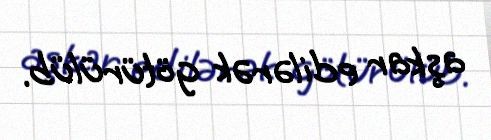
aşkar edilərək götürülüb.